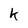
Character: k